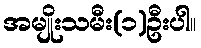
အမျိုးသမီး(၁)ဦးပါ။